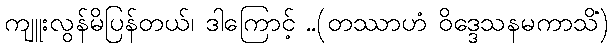
ကျူးလွန်မိပြန်တယ်၊ ဒါကြောင့် ..(တဿာဟံ ဝိဒ္ဒေသနမကာသိံ)